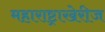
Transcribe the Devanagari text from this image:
महाराष्ट्राखेरीज